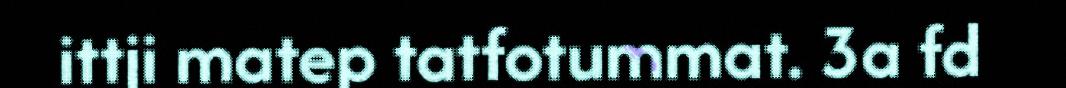
ittji matep tatfotummat. 3a fd